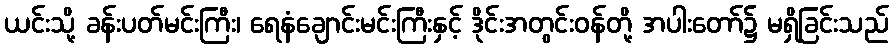
ယင်းသို့ ခန်းပတ်မင်းကြီး၊ ရေနံချောင်းမင်းကြီးနှင့် ဒိုင်းအတွင်းဝန်တို့ အပါးတော်၌ မရှိခြင်းသည်